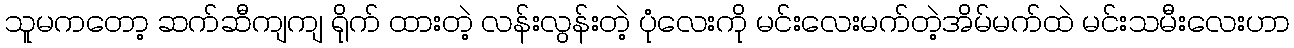
သူမကတော့ ဆက်ဆီကျကျ ရိုက် ထားတဲ့ လန်းလွန်းတဲ့ ပုံလေးကို မင်းလေးမက်တဲ့အိမ်မက်ထဲ မင်းသမီးလေးဟာ